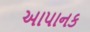
આપાનક